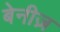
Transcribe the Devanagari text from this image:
बेनीज़